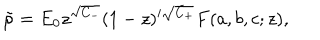
\tilde { \varphi } = E _ { 0 } z ^ { \sqrt { C _ { - } } } ( 1 - z ) ^ { i \sqrt { C _ { + } } } F ( a , b , c ; z ) ,